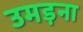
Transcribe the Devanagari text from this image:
उमड़ना